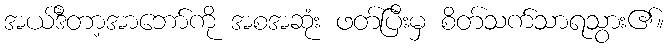
အယ်ဒီတာ့အာဘော်ကို အစအဆုံး ဖတ်ပြီးမှ စိတ်သက်သာရသွား၏။